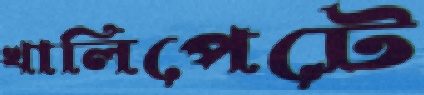
খালিপেটে